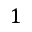
1